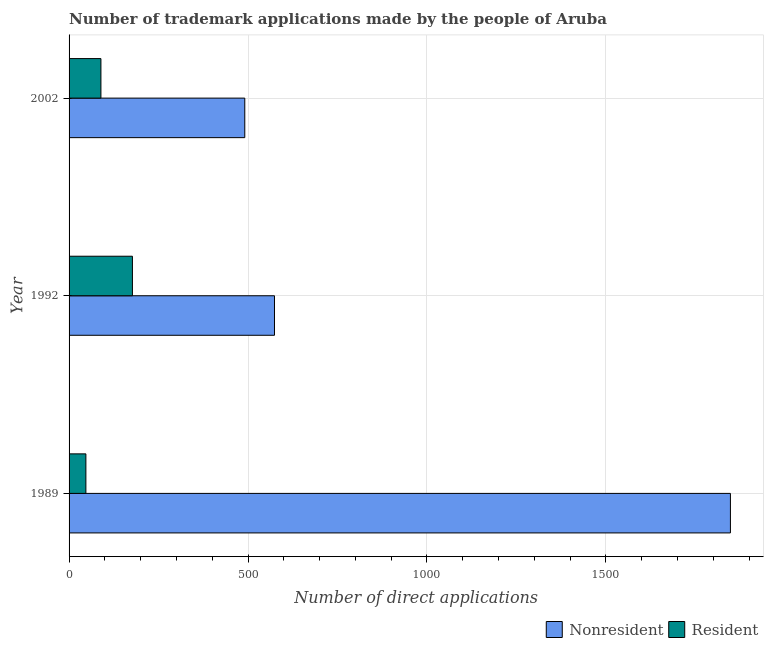
| Year | Nonresident | Resident |
 | --- | --- | --- |
 | 1989 | 1.85e+03 | 47 |
 | 1992 | 574 | 177 |
 | 2002 | 491 | 89 |